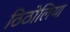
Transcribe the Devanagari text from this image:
ठिठोलिया